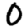
Digit: 0